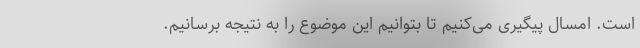
است. امسال پیگیری می‌کنیم تا بتوانیم این موضوع را به نتیجه برسانیم.